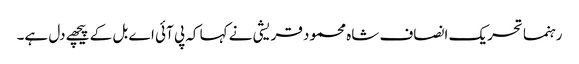
رہنما تحریک انصاف شاہ محمود قریشی نے کہا کہ پی آئی اے بل کے پیچھے دل ہے۔